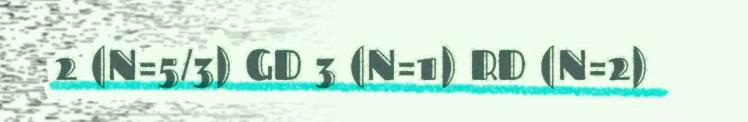
2 (N=5/3) GD 3 (N=1) RD (N=2)